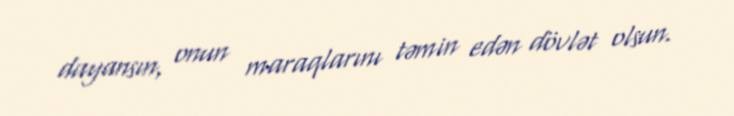
dayansın, onun maraqlarını təmin edən dövlət olsun.